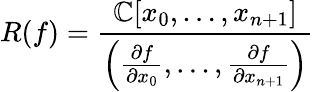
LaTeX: R(f)={\frac{\mathbb{C}[x_{0},\ldots,x_{n+1}]}{\left({\frac{\partial f}{\partial x_{0}}},\ldots,{\frac{\partial f}{\partial x_{n+1}}}\right)}}